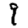
Digit: 9